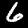
Digit: 6